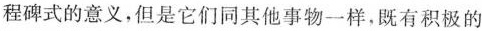
程碑式的意义，但是它们同其他事物一样，既有积极的